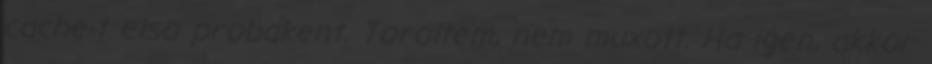
cache-t elso probakent. Toroltem, nem muxott. Ha igen, akkor